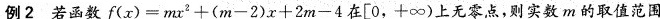
例2若函数$$f ( x ) = m x ^ { 2 } + ( m - 2 ) x + 2 m - 4$$在[0，+∞)上无零点，则实数m的取值范围